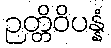
ဉတ္တိဝိပန္နံ